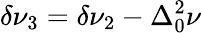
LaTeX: \delta\nu_{3}=\delta\nu_{2}-\Delta_{0}^{2}\nu